Vital statistics of India. Vol. V, Reports of 1876 on armies & jails and on epidemic cholera
Year: 1876
Disease focus: Cholera
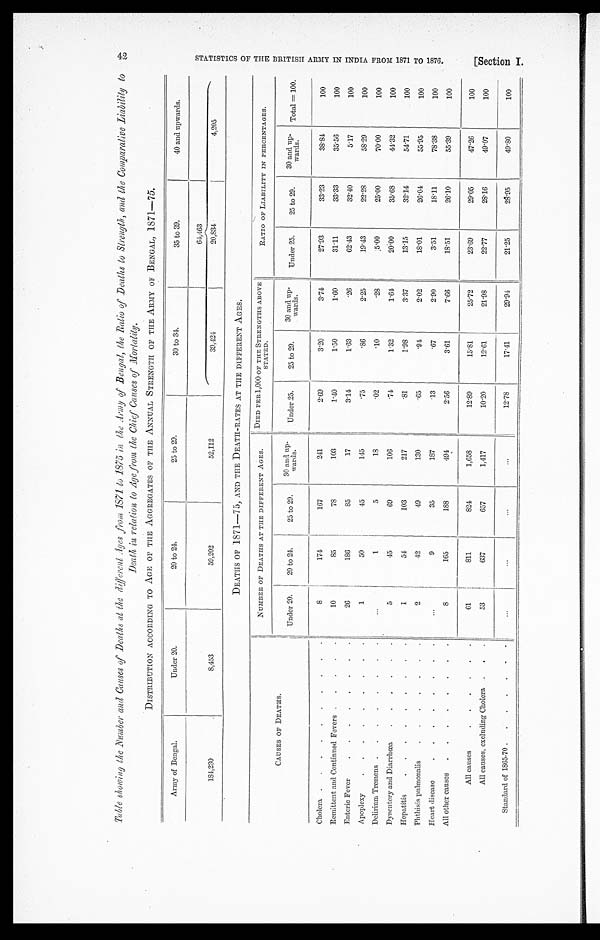
to 1875 in the Army of Bengal, Ratio of Deaths to Strength, and the Comparative Liability to
Death in relation to Age from the Chief Causes of Mortality.
DISTRIBUTION ACCORDING TO AGE OF THE AGGREGATES OF THE ANNUAL STRENGTH OF THE ARMY OF BENGAL, 1871-75.
Army of Bengal.
Under 20.
20 to 24.
25 to 29.
30 to 34.
35 to 39.
40 and upwards.
64,463
184,230
8,453
59,202
52,112
39,424
2 0 , 8 3 4
4,205
DEATHS OF 1871-75, AND THE DEATH-RATES AT THE DIFFERENT AGES.
CAUSES OF DEATHS.
NUMBER OF DEATHS AT THE DIFFERENT AGES.
DIED PER 1,000 OF THE STRENGTHS ABOVE
STATED.
RATIO OF LIABILITY IN PERCENTAGES.
Under 20.
20 to 24.
25 to 29.
30 and up-
wards.
Under 25.
25 to 29.
30 and
up
wards.
Under 25.
25 to 99.
30 and up-
wards.
Total =100.
Cholera . . .
8
174
167
241
2.69
3.20
3.74
27.93
33.23
38.84
100
Remittent and Continued Fevers . . .
10
85
78
103
1.40
1.50
1.60
31.11
33.33
35.56
100
Enteric Fever . . .
26
186
85
17
3.14
1.63
.26
62.43
32.40
5.17
100
Apoplexy . . .
1
50
45
145
.75
.86
2.25
19.43
22.28
58.29
100
Delirium Tremens . . .
. . .
1
5
18
.02
.10
.28
5.00
25.00
70.00
100
Dysentery and Diarrhœa . . .
5
45
69
106
.74
1.32
1.64
20.00
35.68
44.32
100
Hepatitis . . .
1
54
103
217
.81
1.98
3.37
13.15
32.14
54.71
100
Phthisis pulmonalis . . .
2
42
49
130
.65
.94
2.02
18.01
26.04
55.95
100
Heart disease . . .
. . .
9
35
187
.13
.67
2.90
3.51
18.11
78.38
100
All other causes . . .
8
165
188
494
2.56
3.61
7 . 6 6
18.51
26.10
55.39
100
All causes . . .
6 1
811
824
1,658
12.89
15.81
25.72
23.69
29.05
47.26
100
All causes, excluding Cholera . . .
53
637
657
1,417
10.20
12.61
21.98
22.77
28.16
49.07
100
Standard of 1865-70 . . .
. . .
. . .
. . .
. . .
12.78
17.41
29.94
21.25
28.95
49.80
100
42
S T A T I S T I C S O F T H E B R I T I S H A R M Y I N I N D I A F R O M 1 8 7 1 T O 1 8 7 6 .
[Secti on I.